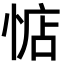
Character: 惦